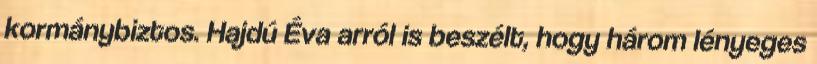
kormánybiztos. Hajdú Éva arról is beszélt, hogy három lényeges